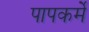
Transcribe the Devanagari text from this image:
पापकर्मे